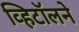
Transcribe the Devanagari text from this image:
व्हिटॉलने